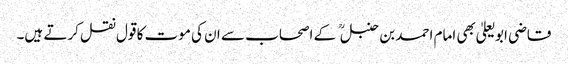
قاضی ابو یعلیٰ بھی امام احمد بن حنبل کے اصحاب سے ان کی موت کا قول نقل کرتے ہیں۔